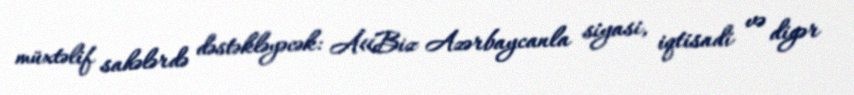
müxtəlif sahələrdə dəstəkləyəcək: Â«Biz Azərbaycanla siyasi, iqtisadi və digər